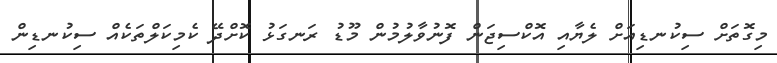
މިގޮތަށް ސިކުނޑިއަށް ލެޔާއި އޮކްސިޖަން ފޮނުވާލުމުން މޫޑު ރަނގަޅު ކޮށްދޭ ކެމިކަލްތަކެއް ސިކުނޑިން